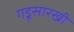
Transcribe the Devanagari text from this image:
गडूसारखी